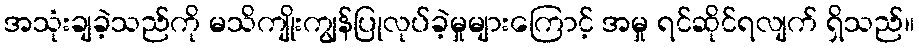
အသုံးချခဲ့သည်ကို မသိကျိုးကျွန်ပြုလုပ်ခဲ့မှုများကြောင့် အမှု ရင်ဆိုင်ရလျက် ရှိသည်။